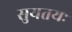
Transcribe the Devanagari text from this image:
सुयतयः